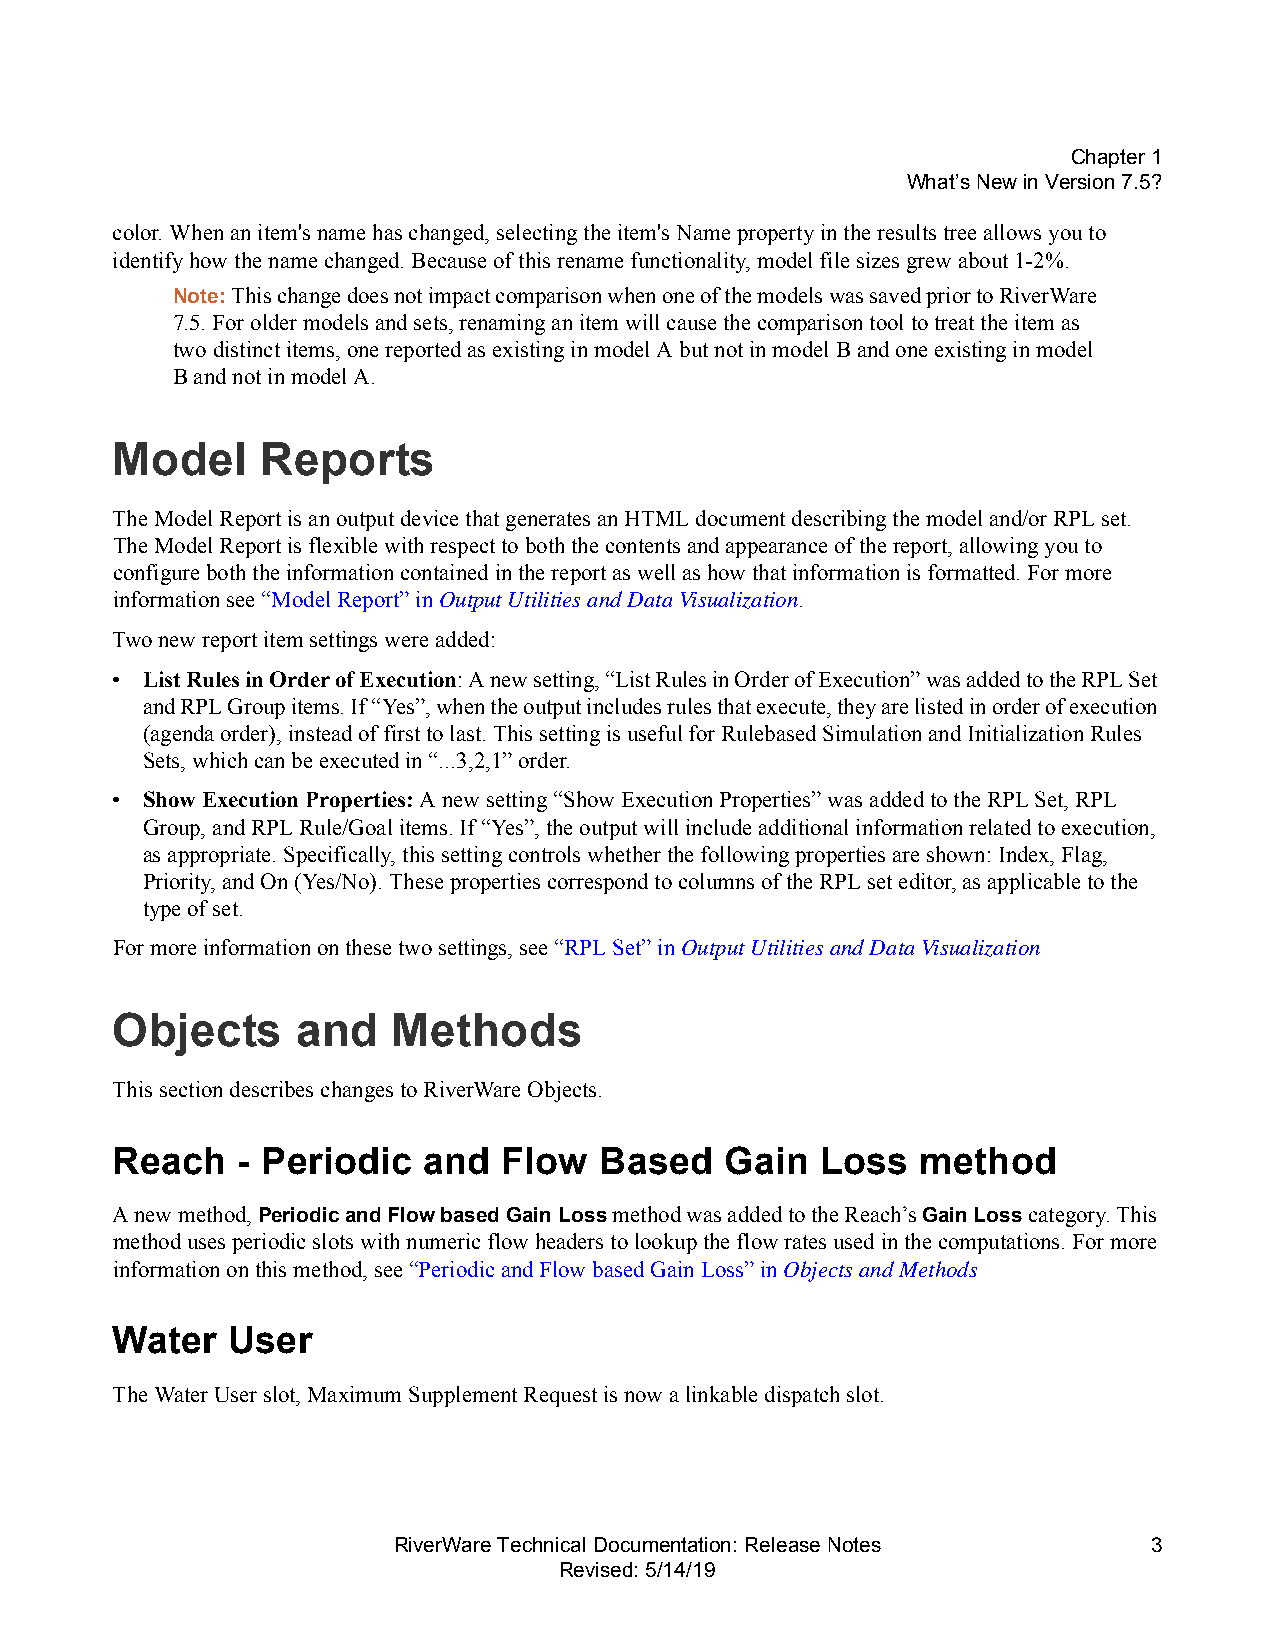
Chapter1
 What’s New in Version7.5?
 color. When an item's name has changed, selecting the item's Name property in the results tree allows you to
 identify how the name changed. Because of this rename functionality, model file sizes grew about 1-2%.
 Note: This change does not impact comparison when one of the models was saved prior to RiverWare
 7.5. For older models and sets, renaming an item will cause the comparison tool to treat the item as
 two distinct items, one reported as existing in model A but not in model B and one existing in model
 B and not in model A.
 Model     Reports
 The Model Report is an output device that generates an HTML document describing the model and/or RPL set.
 The Model Report is flexible with respect to both the contents and appearance of the report, allowing you to
 configure both the information contained in the report as well as how that information is formatted. For more
 information see “Model Report” in Output Utilities and Data Visualization.
 Two new report item settings were added:
 • List Rules in Order of Execution: A new setting, “List Rules in Order of Execution” was added to the RPL Set
 and RPL Group items. If “Yes”, when the output includes rules that execute, they are listed in order of execution
 (agenda order), instead of first to last. This setting is useful for Rulebased Simulation and Initialization Rules
 Sets, which can be executed in “...3,2,1” order.
 • Show Execution Properties: A new setting “Show Execution Properties” was added to the RPL Set, RPL
 Group, and RPL Rule/Goal items. If “Yes”, the output will include additional information related to execution,
 as appropriate. Specifically, this setting controls whether the following properties are shown: Index, Flag,
 Priority, and On (Yes/No). These properties correspond to columns of the RPL set editor, as applicable to the
 type of set.
 For more information on these two settings, see “RPL Set” in Output Utilities and Data Visualization
 Objects      and   Methods
 This section describes changes to RiverWare Objects.
 Reach    - Periodic  and  Flow   Based   Gain  Loss   method
 A new method, Periodic and Flow based Gain Loss method was added to the Reach’s Gain Loss category. This
 method uses periodic slots with numeric flow headers to lookup the flow rates used in the computations. For more
 information on this method, see “Periodic and Flow based Gain Loss” in Objects and Methods
 Water   User
 The Water User slot, Maximum Supplement Request is now a linkable dispatch slot.
 RiverWare Technical Documentation: Release Notes  3
 Revised: 5/14/19